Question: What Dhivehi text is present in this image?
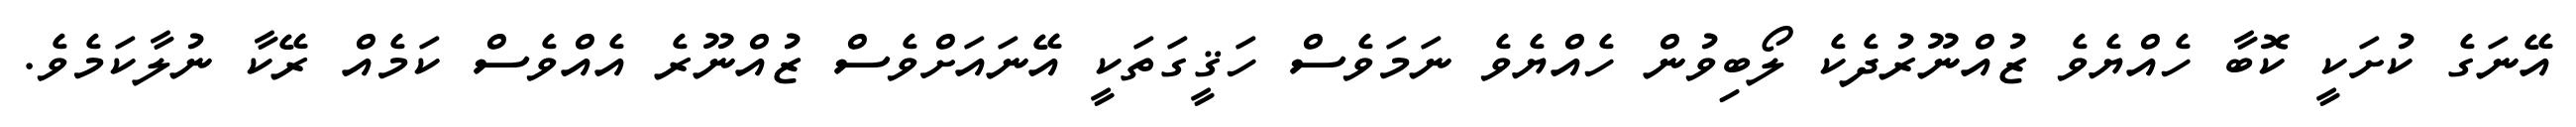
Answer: އޭނަގެ ކުށަކީ ކޮބާ ހެއްޔެވެ ޒުއްނޫރުދެކެ ލޯބިވުން ހެއްޔެވެ ނަމަވެސް ހަޤީގަތަކީ އޭނައަށްވެސް ޒުއްނޫރެ އެއްވެސް ކަމެއް ރޭކާ ނުލާކަމެވެ.